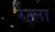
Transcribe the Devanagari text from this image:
रेग्ला